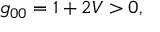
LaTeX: g _ { 0 0 } = 1 + 2 V > 0 ,